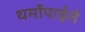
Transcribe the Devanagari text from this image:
थर्मोपाईले